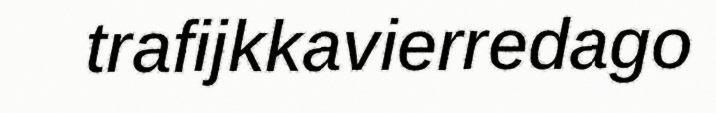
trafijkkavierredago